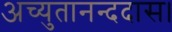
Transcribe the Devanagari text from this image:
अच्युतानन्ददास।